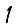
Digit: 1